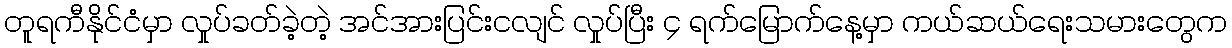
တူရကီနိုင်ငံမှာ လှုပ်ခတ်ခဲ့တဲ့ အင်အားပြင်းငလျင် လှုပ်ပြီး ၄ ရက်မြောက်နေ့မှာ ကယ်ဆယ်ရေးသမားတွေက